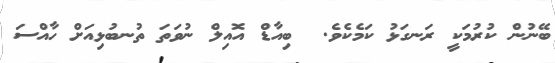
ބޭނުން ކުރުމަކީ ރަނގަޅު ކަމެކެވެ.  ބިއާޑް އޮއިލް ނުވަތަ ތުނބުޅިއަށް ހާއްސަ